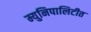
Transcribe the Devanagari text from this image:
म्युनिपालिटीत